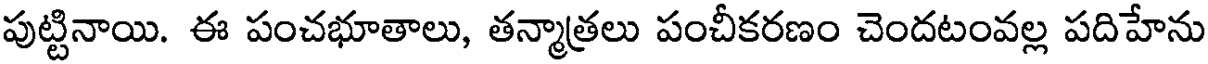
పుట్టినాయి. ఈ పంచభూతాలు, తన్మాత్రలు పంచీకరణం చెందటంవల్ల పదిహేను